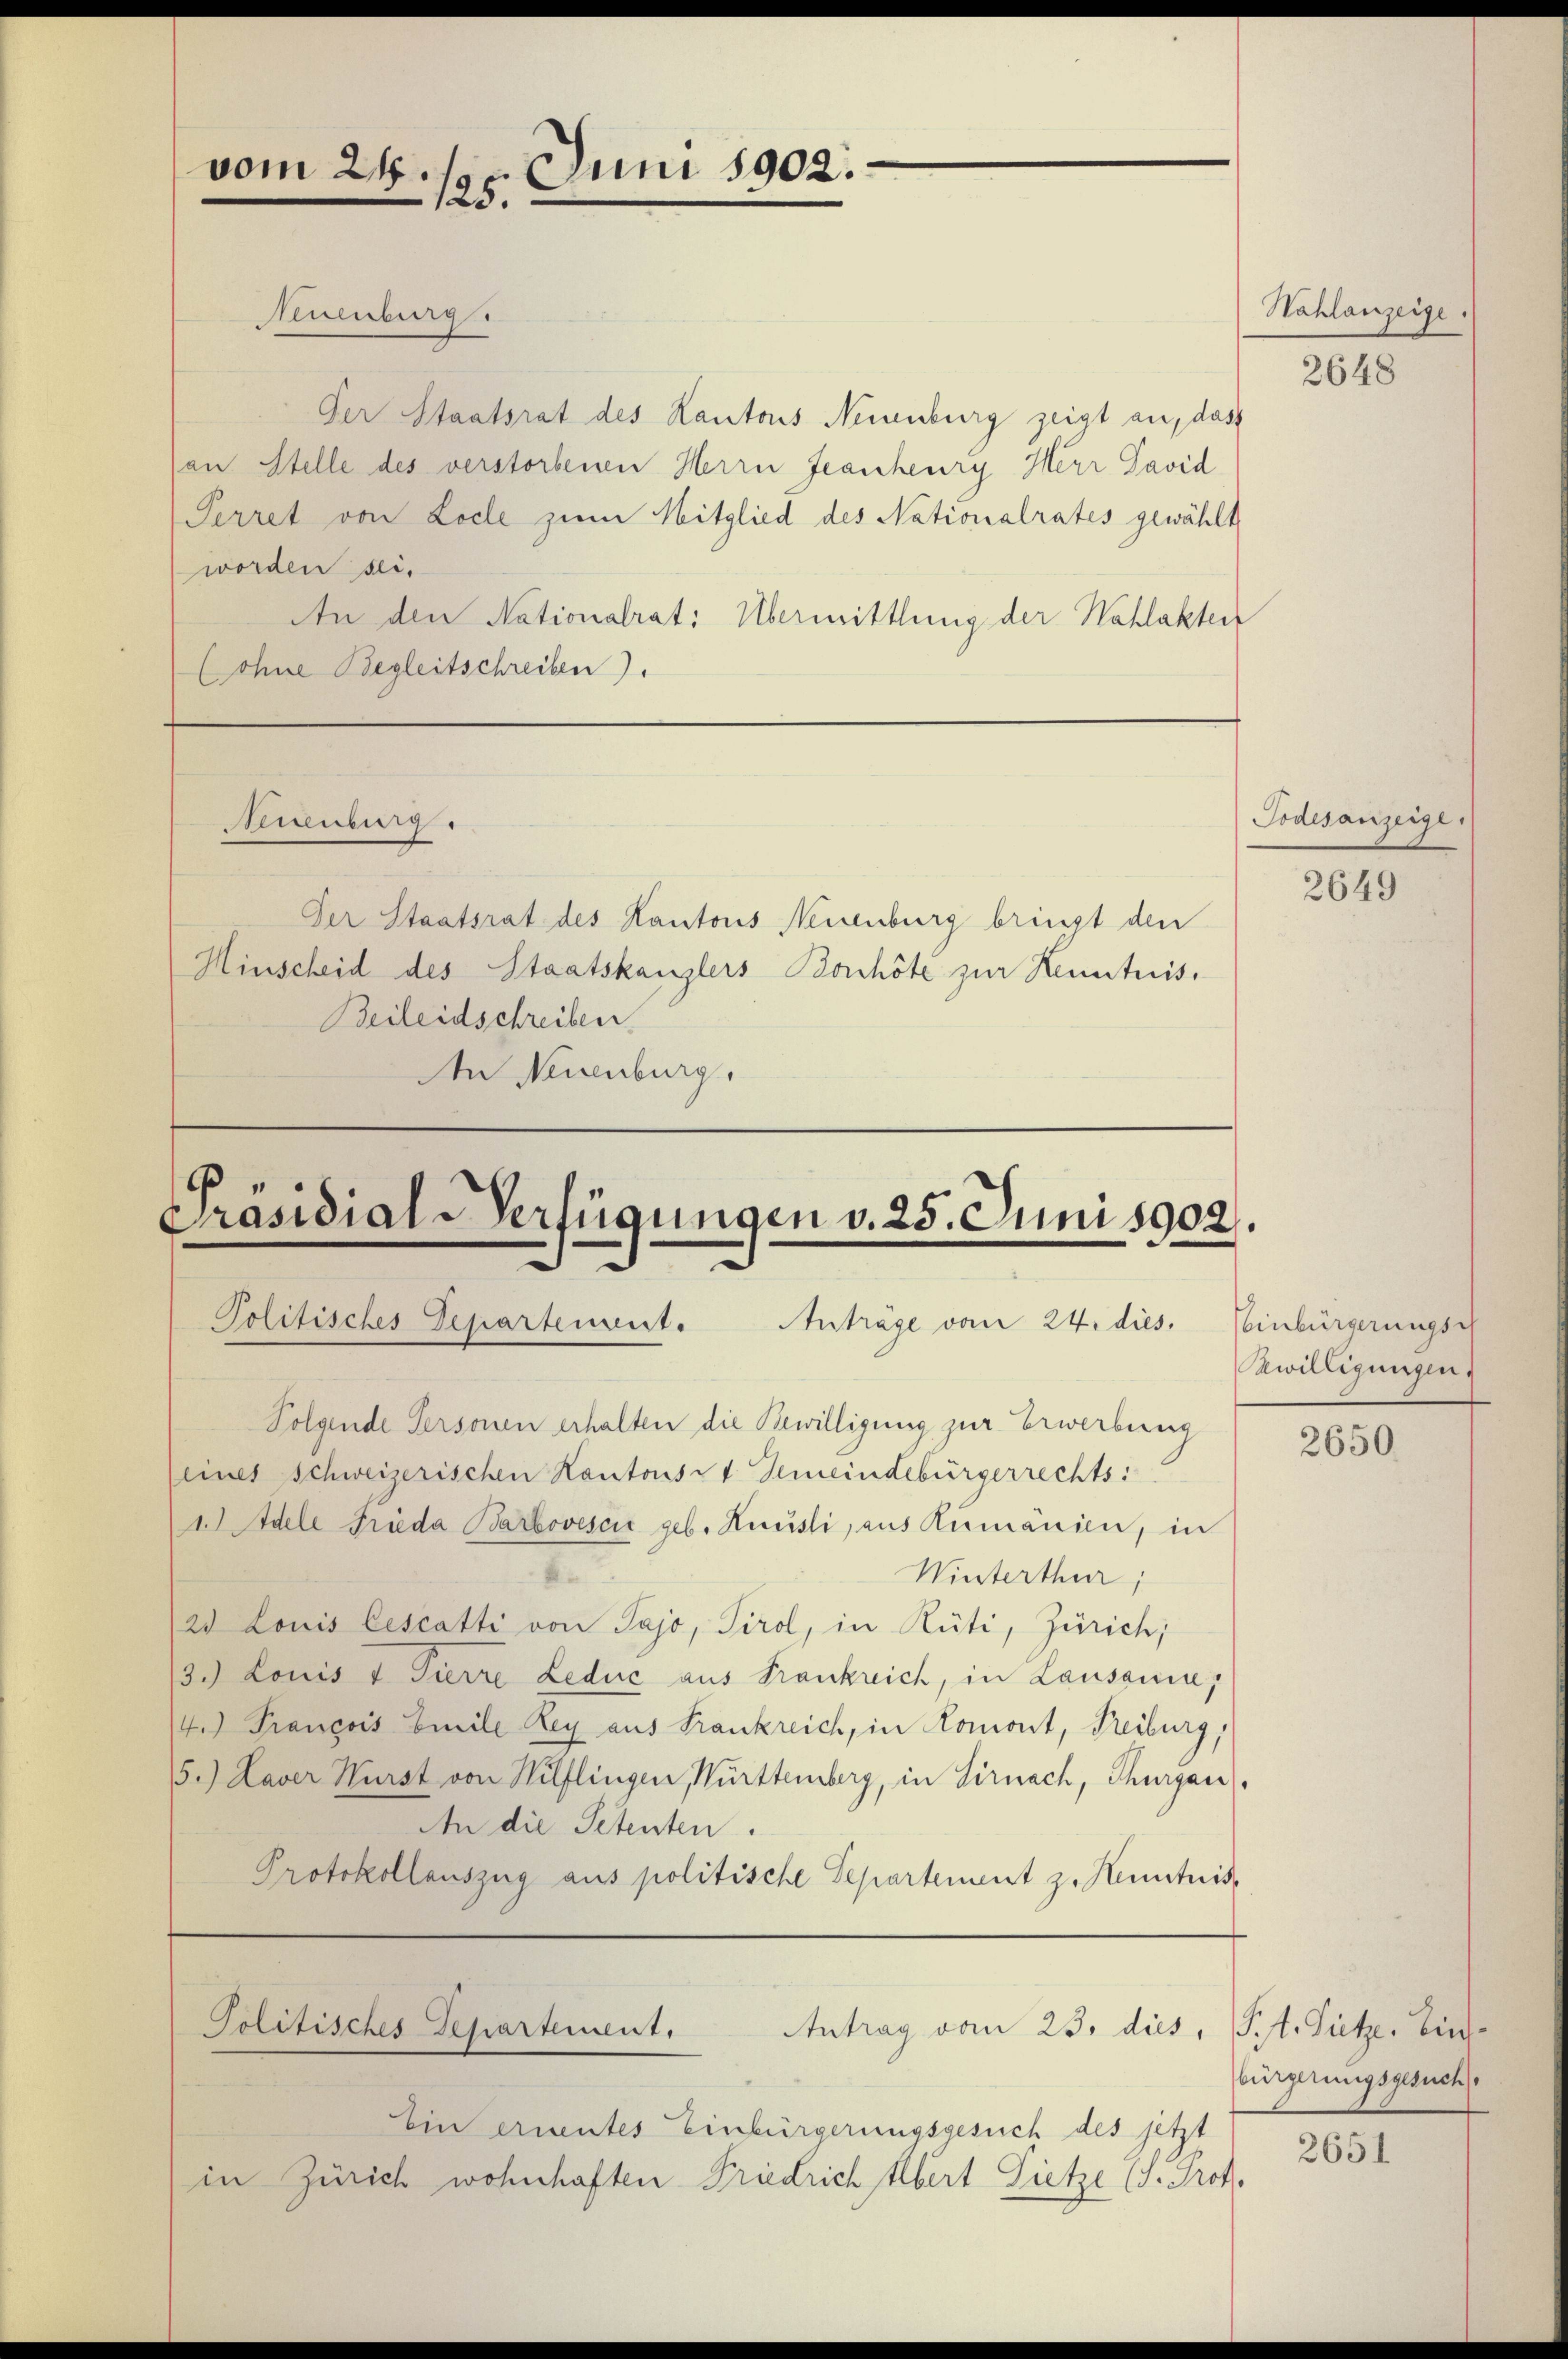
vom

Neuenburg.
Der Staatsrat des Kantons Neuenburg zeigt an, dass
an Stelle des verstorbenen Herrn Jeanheurg Herr Pavid
Perret von Loche zum Mitglied des Nationalrates gewählt
worden sei.
An den Nationalrat: Übermittlung der Wahlakten
(ohne Begleitschreiben).

Der Staatsrat des Kantons Neuenburg bringt den
Hinscheid des Staatskanzlers Bonhöte zur Kenntnis,
Beileidschreiben
An Neuenburg.

Suburg.

24.
Juni 1902.
125.

Präsidial-Verfügungen v. 25. Juni 1902.
Politisches Departement.
Antrage vom 24. dies. Einbürgerungsch

Folgende Personen erhalten die Bewilligung zur Erwerbung
(eines Schweizerischen Kantons- & Gemeindebürgerrechts:
1Idele Frieda Barbovesci geb. Kausli, aus Rumänien, in
Winterthur,
21 Louis lescatti von Pajo, Tirol, in Rüti, Zürich,
13.) Louis u Tierre Leduc aus Frankreich, in Lausanne,
14.) François Emile Rey aus Frankreich, in Comont, Freiburg,
5.) Daver Wurst von Hilflingen, Württemberg, in Sirnach, Thurgau,
An die Petenten.
Protokollauszug aus politische Separtement z. Henntnis,

Ein ernentes Einbürgerungsgesuch des jetzt
in Zürich wohnhaften Friedrich Albert Sietze (S. Prof.

Politisches Departement.
Antrag vom 23. dies, St. Gütze, Ein

Nahlanzeige.

2648

Todesanzeige,

2649

Bewilligungen.

2650.

bürgerungsgesuch

2651